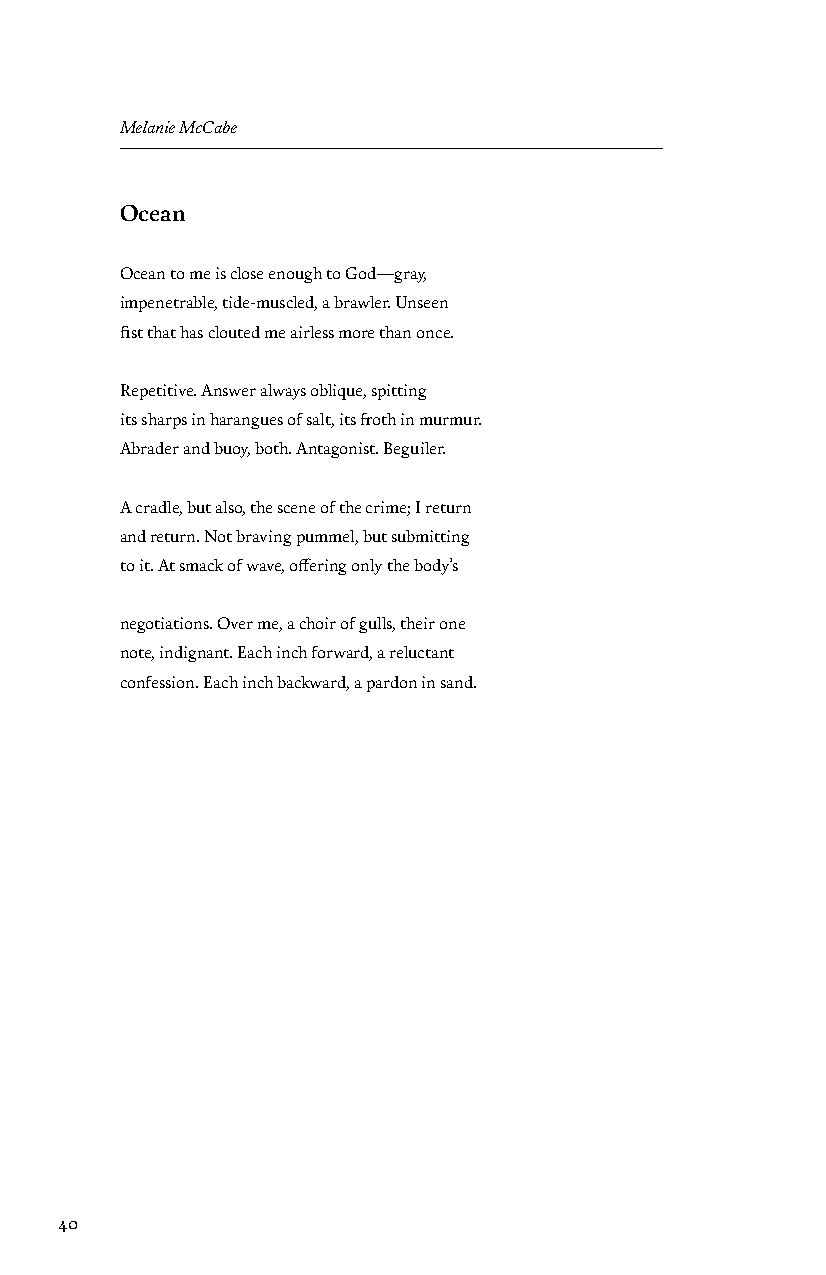
Melanie McCabe
 Ocean
 Ocean to me is close enough to God—gray,
 impenetrable, tide-muscled, a brawler. Unseen
 fist that has clouted me airless more than once.
 Repetitive. Answer always oblique, spitting
 its sharps in harangues of salt, its froth in murmur.
 Abrader and buoy, both. Antagonist. Beguiler.
 A cradle, but also, the scene of the crime; I return
 and return. Not braving pummel, but submitting
 to it. At smack of wave, offering only the body’s
 negotiations. Over me, a choir of gulls, their one
 note, indignant. Each inch forward, a reluctant
 confession. Each inch backward, a pardon in sand.
 40